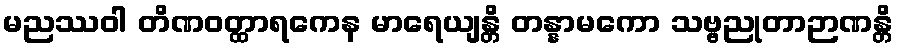
မညဿဝါ တိဏဝတ္ထာရကေန မာရေယျန္တိ တန္နာမကော သဗ္ဗညုတာဉာဏန္တိ